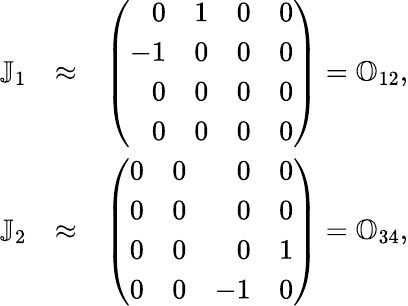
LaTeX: \begin{array}{rlr}{\mathbb J_{1}}&{\approx}&{\left(\begin{array}{rrrr}{0}&{1}&{0}&{0}\\ {-1}&{0}&{0}&{0}\\ {0}&{0}&{0}&{0}\\ {0}&{0}&{0}&{0}\end{array}\right)={\mathbb O}_{12},}\\ {\mathbb J_{2}}&{\approx}&{\left(\begin{array}{rrrr}{0}&{0}&{0}&{0}\\ {0}&{0}&{0}&{0}\\ {0}&{0}&{0}&{1}\\ {0}&{0}&{-1}&{0}\end{array}\right)={\mathbb O}_{34},}\end{array}